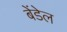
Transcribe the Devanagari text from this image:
बेंडेल